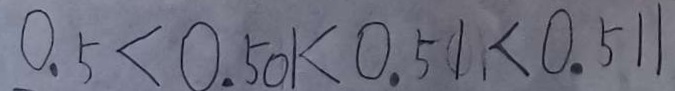
0 . 5 < 0 . 5 0 1 < 0 . 5 1 < 0 . 5 1 1